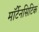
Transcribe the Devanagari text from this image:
मॉर्टेनसिटिक